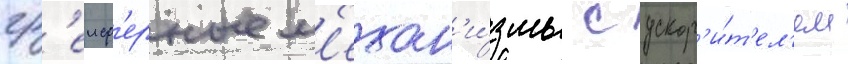
гр'еиф'ерные м'ехан'и́змы с ускор'и́т'ел'ем